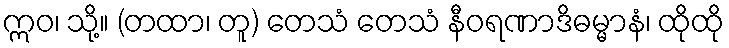
ဣဝ၊ သို့။ (တထာ၊ တူ) တေသံ တေသံ နီဝရဏာဒိဓမ္မာနံ၊ ထိုထို